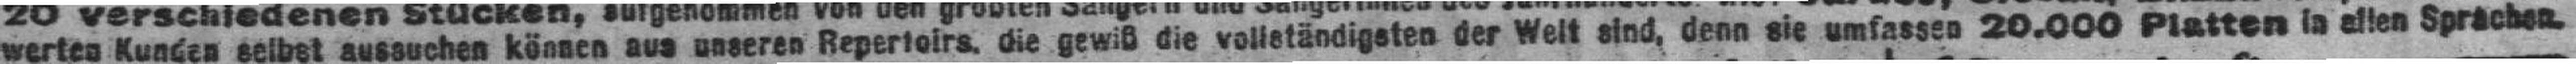
werten Kunden selbst aussuchen können aus unseren Repertoire, die gewiß die vollständigsten der Welt sind, denn sie umfassen 20.000 Platten in allen Sprachen.